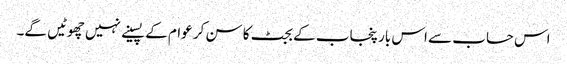
اس حساب سے اس بار پنجاب کے بجٹ کا سن کر عوام کے پسینے نہیں چھوٹیں گے۔